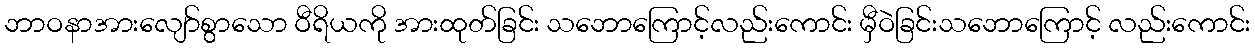
ဘာဝနာအားလျော်စွာသော ဝီရိယကို အားထုတ်ခြင်း သဘောကြောင့်လည်းကောင်း မှီဝဲခြင်းသဘောကြောင့် လည်းကောင်း